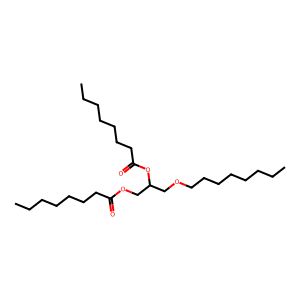
SMILES: CCCCCCCCOCC(COC(=O)CCCCCCC)OC(=O)CCCCCCC
Inhibits HIV replication: No